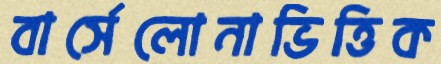
বার্সেলোনাভিত্তিক